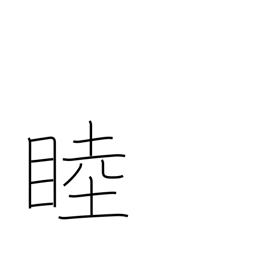
Meaning: intimate